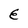
Character: E